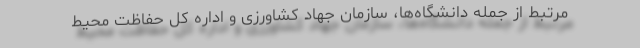
مرتبط از جمله دانشگاه‌ها، سازمان جهاد کشاورزی و اداره کل حفاظت محیط